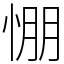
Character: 㥊